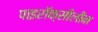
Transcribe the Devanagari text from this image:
पाइरॉक्सीलीन